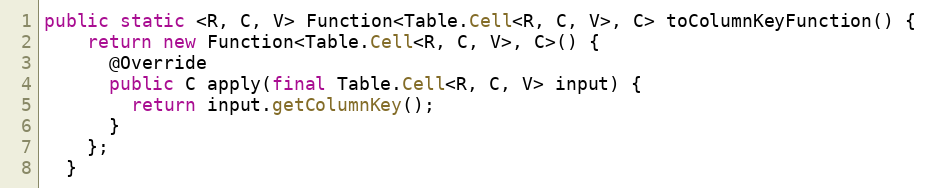
Language: Java
public static <R, C, V> Function<Table.Cell<R, C, V>, C> toColumnKeyFunction() {
    return new Function<Table.Cell<R, C, V>, C>() {
      @Override
      public C apply(final Table.Cell<R, C, V> input) {
        return input.getColumnKey();
      }
    };
  }